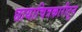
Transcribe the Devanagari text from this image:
छायाचित्रकारीतून